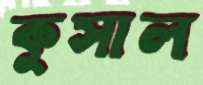
কুসাল